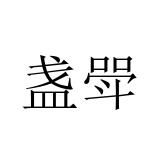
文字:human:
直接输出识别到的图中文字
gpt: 盏斝